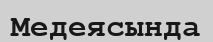
Медеясында